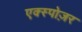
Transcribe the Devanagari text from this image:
एक्स्पोज़र